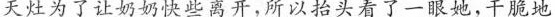
天灶为了让奶奶快些离开.所以抬头看了一眼她，干脆地